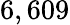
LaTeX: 6,609